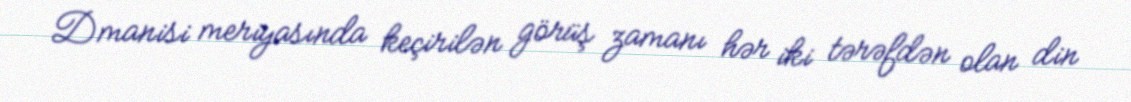
Dmanisi meriyasında keçirilən görüş zamanı hər iki tərəfdən olan din